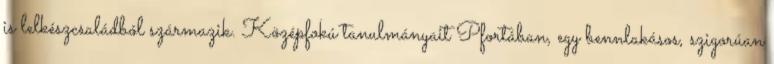
is lelkészcsaládból származik. Középfokú tanulmányait Pfortában, egy bennlakásos, szigorúan